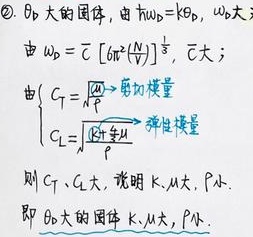
\textcircled{2}. $\theta_{D}$大的固体，由$\hbar\omega_{D}=k\theta_{D}$，$\omega_{D}$大；由$\omega_{D}=\overline{c}[6\pi^{2}(\frac{N}{V})]^{\frac{1}{3}}$，$\overline{c}$大；由
\[
\begin{cases}
C_{T}=\sqrt{\frac{\mu}{\rho}}\to\text{剪切模量}\\
C_{L}=\sqrt{\frac{Y}{\rho}}\to\text{弹性模量}
\end{cases}
\]
则$C_{T}$、$C_{L}$大，说明$K$、$M$大，$\rho$小。即$\theta_{D}$大的固体$K$、$M$大，$\rho$小。